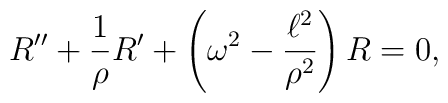
R'' + \frac{1}{\rho} R' + \left( \omega^2 - \frac{\ell^2}{\rho^2} \right) R = 0,